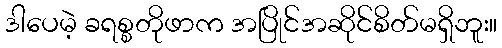
ဒါပေမဲ့ ခရစ္စတိုဖာက အပြိုင်အဆိုင်စိတ်မရှိဘူး။